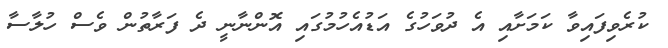
ކުރެވިފައިވާ ކަމަށާއި އެ ދުވަހުގެ އަޑުއެހުމުގައި އޮންނާނީ ދެ ފަރާތުން ވެސް ހުލާސާ